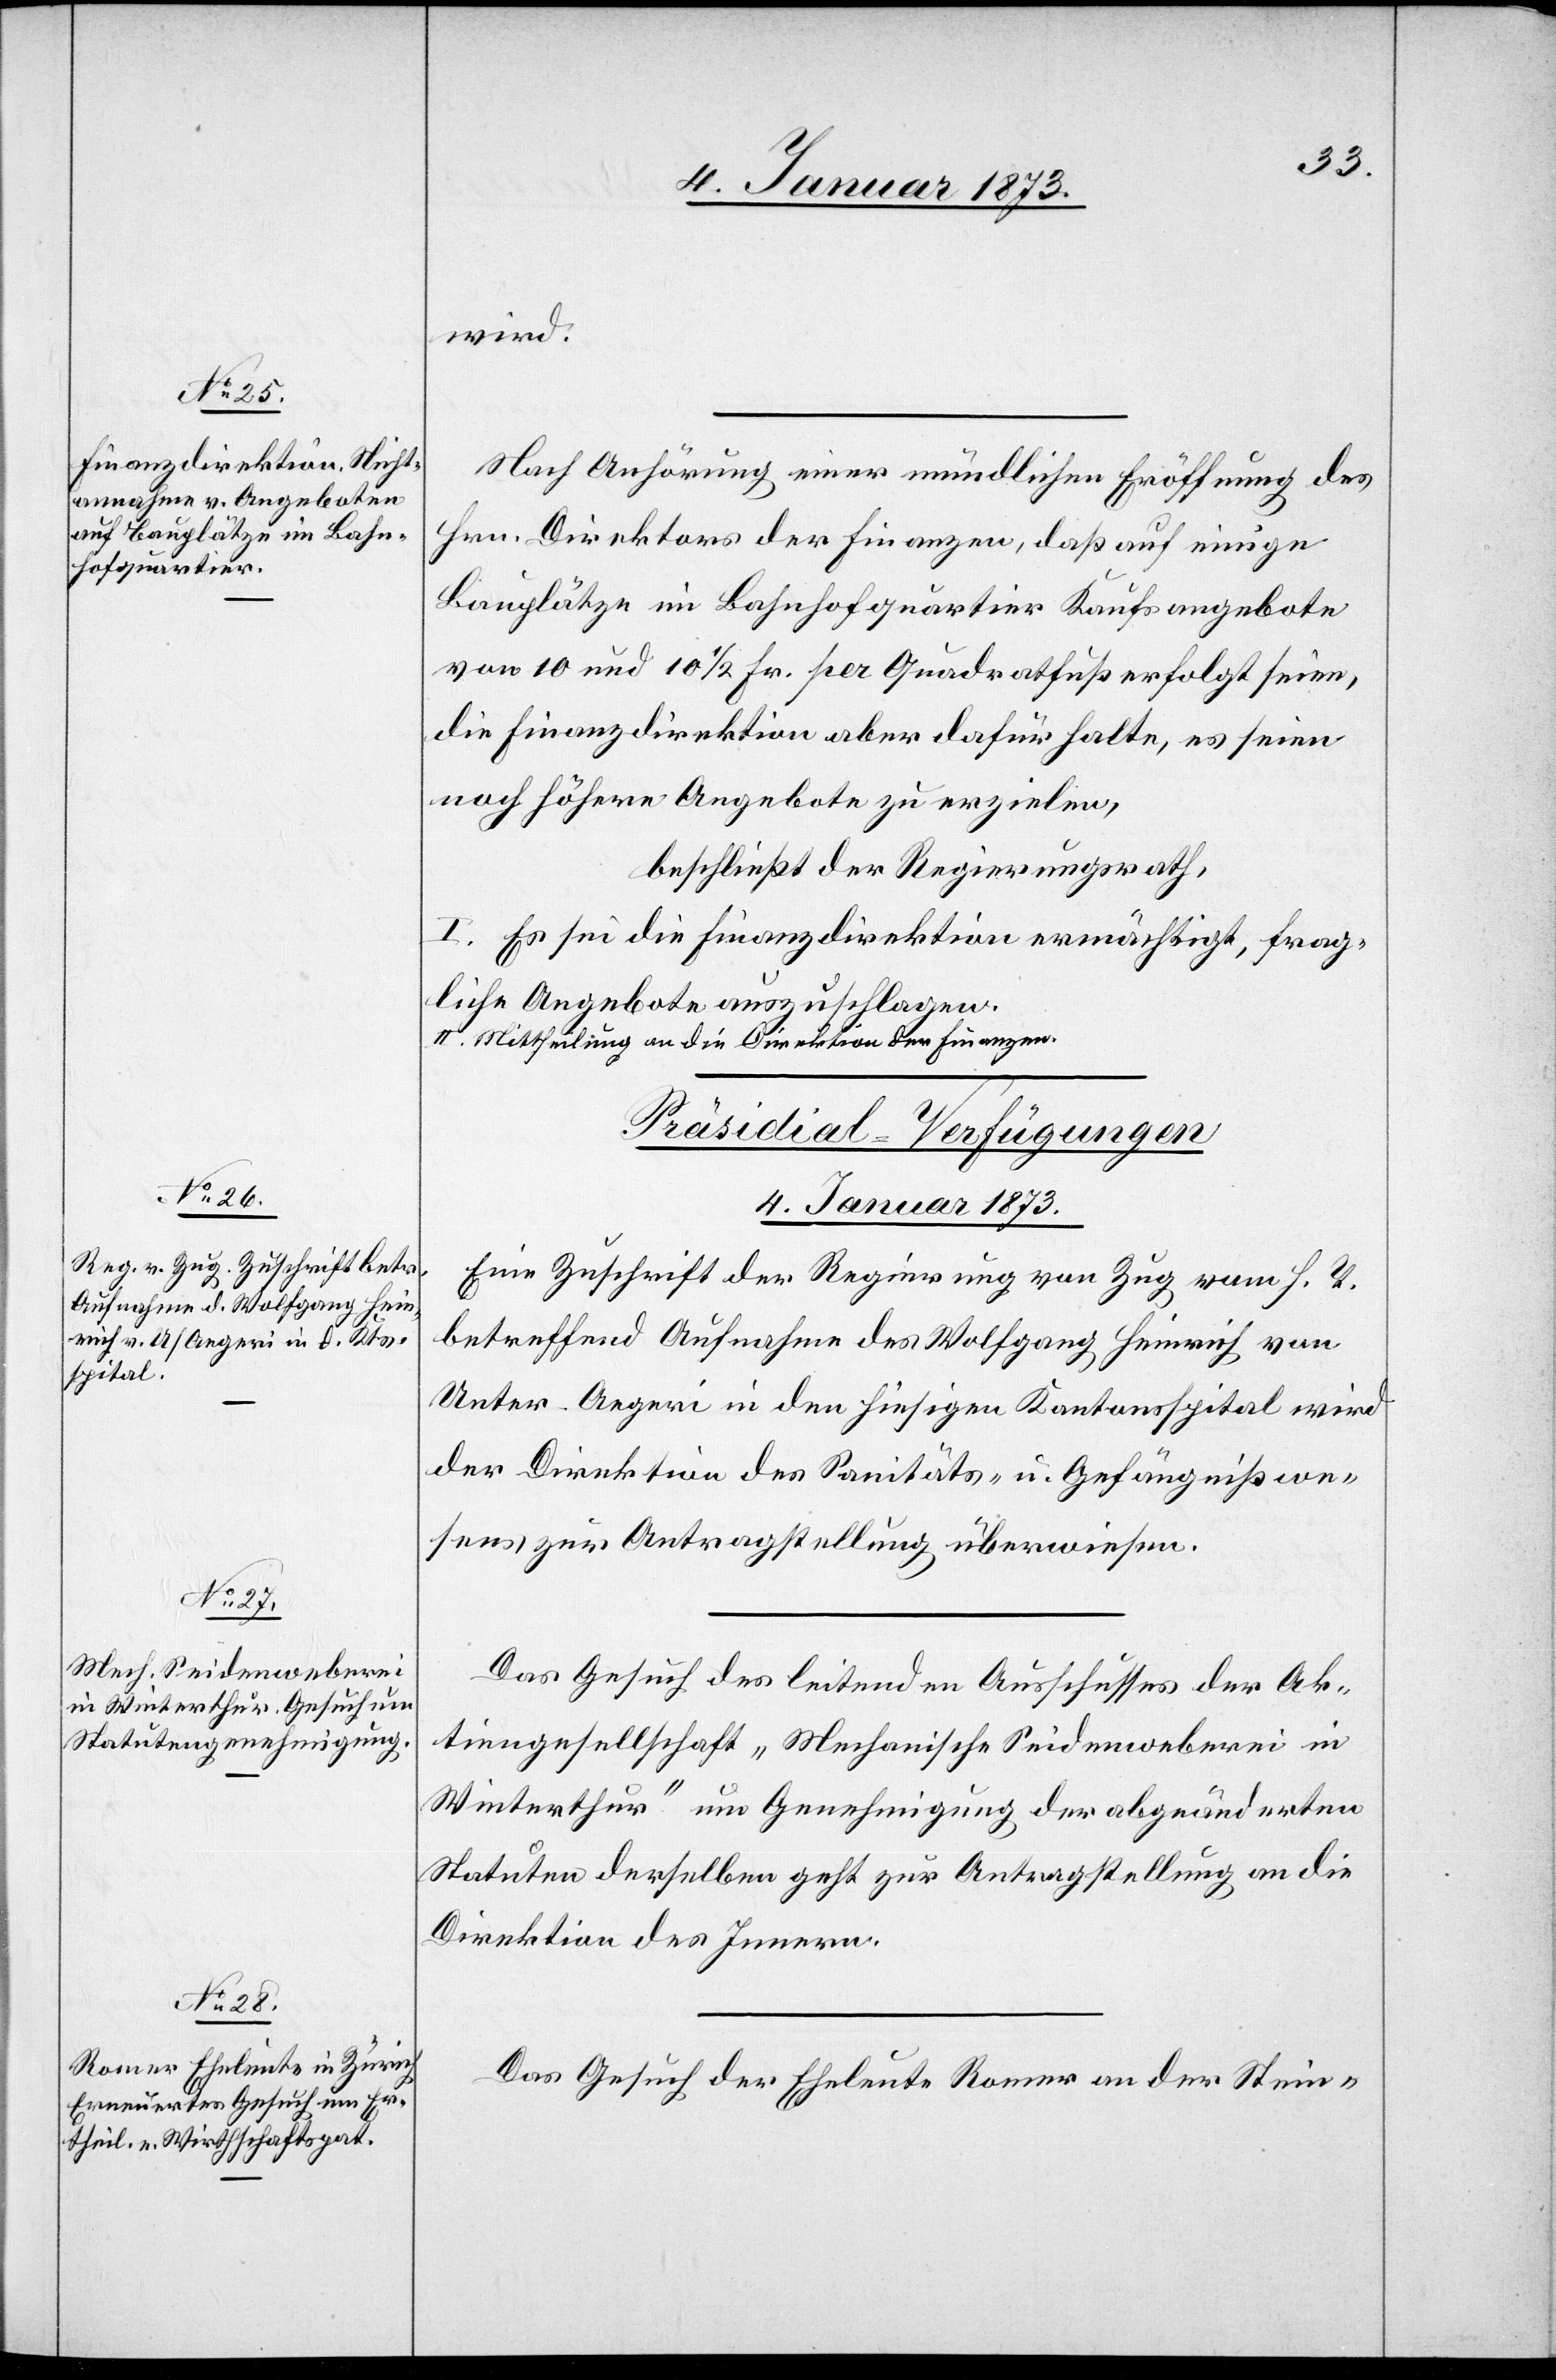
wird.
Nach Anhörung einer mündlichen Eröffnung des
Hrn. Direktors der Finanzen, daß auf einige
Bauplätze im Bahnhofquartier Kaufsangebote
von 10 und 10 1/2 Fr. per Quadratfuß erfolgt seien,
die Finanzdirektion aber dafür halte, es seien
noch höhere Angebote zu erzielen,
beschließt der Regierungsrath,
I. Es sei die Finanzdirektion ermächtigt, frag¬
liche Angebote auszuschlagen.
II. Mittheilung an die Direktion der Finanzen.
[Präsidial-Verfügungen
4. Januar 1873]
Eine Zuschrift der Regierung von Zug vom h. T.
betreffend Aufnahme des Wolfgang Heinrich von
Unter-Aegeri in den hiesigen Kantonsspital wird
der Direktion des Sanitäts- u. Gefängnißwe¬
sens zur Antragstellung überwiesen.
Das Gesuch des leitenden Ausschusses der Ak¬
tiengesellschaft „Mechanische Seidenweberei in
Winterthur“ um Genehmigung der abgeänderten
Statuten derselben geht zur Antragsstellung an die
Direktion des Innern.
Das Gesuch der Eheleute Romer an der Stein-